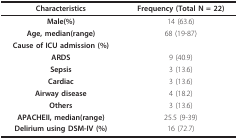
<table><thead><tr><td><b>Characteristics</b></td><td><b>Frequency (Total N = 22)</b></td></tr></thead><tbody><tr><td><b>Male(%)</b></td><td>14 (63.6)</td></tr><tr><td><b>Age, median(range)</b></td><td>68 (19-87)</td></tr><tr><td><b>Cause of ICU admission (%)</b></td><td></td></tr><tr><td><b>ARDS</b></td><td>9 (40.9)</td></tr><tr><td><b>Sepsis</b></td><td>3 (13.6)</td></tr><tr><td><b>Cardiac</b></td><td>3 (13.6)</td></tr><tr><td><b>Airway disease</b></td><td>4 (18.2)</td></tr><tr><td><b>Others</b></td><td>3 (13.6)</td></tr><tr><td><b>APACHEII, median(range)</b></td><td>25.5 (9-39)</td></tr><tr><td><b>Delirium using DSM-IV (%)</b></td><td>16 (72.7)</td></tr></tbody></table>